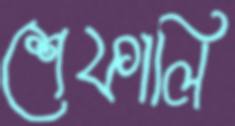
শেফালি